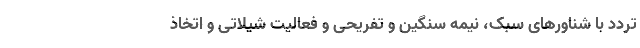
تردد با شناورهای سبک، نیمه سنگین و تفریحی و فعالیت شیلاتی و اتخاذ